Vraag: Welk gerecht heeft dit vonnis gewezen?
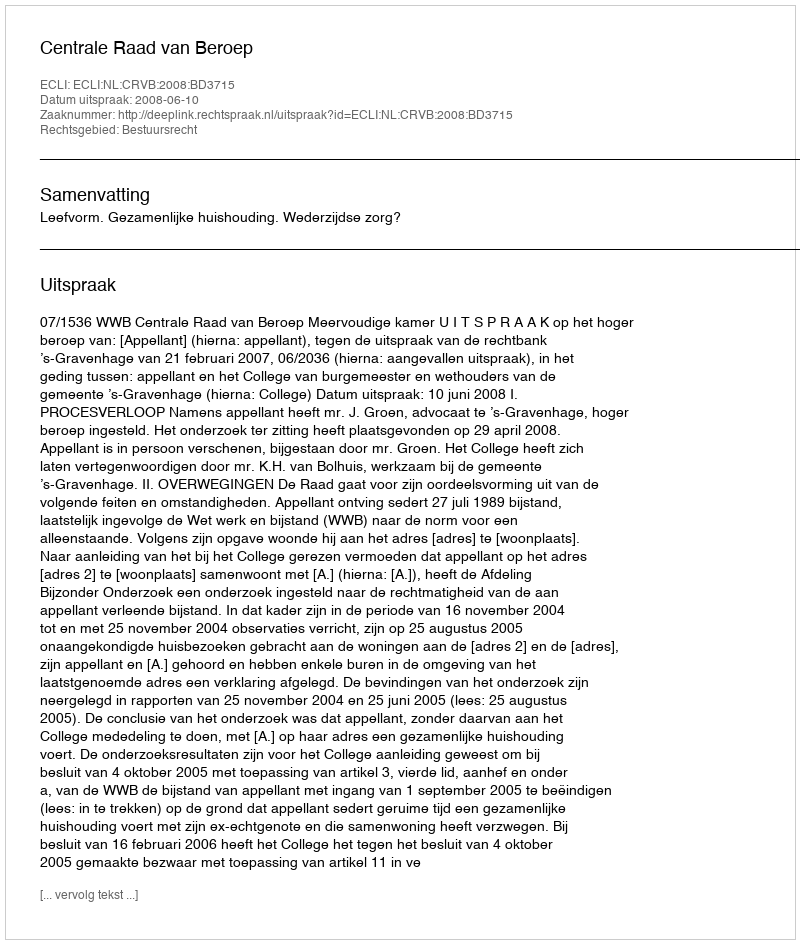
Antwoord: Centrale Raad van Beroep